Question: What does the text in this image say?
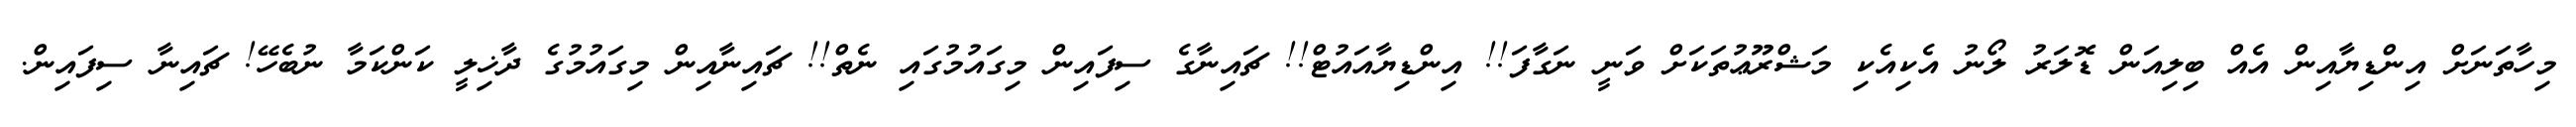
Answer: މިހާތަނަށް އިންޑިޔާއިން އެއް ބިލިއަން ޑޮލަރު ލޯނު އެކިއެކި މަޝްރޫޢުތަކަށް ވަނީ ނަގާފަ!! އިންޑިޔާއައުޓް!! ޗައިނާގެ ސިފައިން މިގައުމުގައި ނެތް!! ޗައިނާއިން މިގައުމުގެ ދާޚިލީ ކަންކަމާ ނުބެހޭ! ޗައިނާ ސިފައިން.